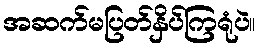
အဆက်မပြတ်နှိပ်ကြရုံပဲ။